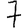
Digit: 7